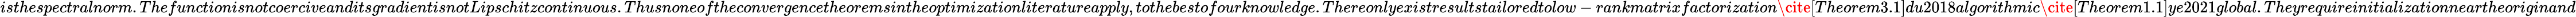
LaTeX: isthespectralnorm.ThefunctionisnotcoerciveanditsgradientisnotLipschitzcontinuous.Thusnoneoftheconvergencetheoremsintheoptimizationliteratureapply,tothebestofourknowledge.Thereonlyexistresultstailoredtolow-rankmatrixfactorization\cite[Theorem3.1]{du2018algorithmic}\cite[Theorem1.1]{ye2021global}.Theyrequireinitializationneartheoriginand